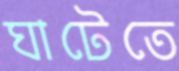
ঘাটেতে